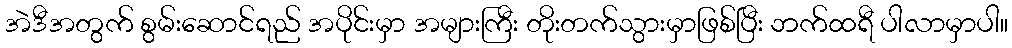
အဲဒီအတွက် စွမ်းဆောင်ရည် အပိုင်းမှာ အများကြီး တိုးတက်သွားမှာဖြစ်ပြီး ဘက်ထရီ ပါလာမှာပါ။